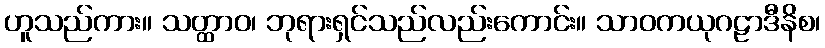
ဟူသည်ကား။ သတ္ထာဝ၊ ဘုရားရှင်သည်လည်းကောင်း။ သာဝကယုဂဠာဒီနိစ၊